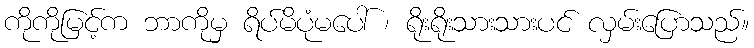
ကိုကိုမြင့်က ဘာကိုမှ ရိပ်မိပုံမပေါ် ၊ ရိုးရိုးသားသားပင် လှမ်းပြောသည်။